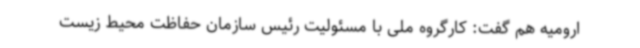
ارومیه هم گفت: کارگروه ملی با مسئولیت رئیس سازمان حفاظت محیط زیست